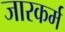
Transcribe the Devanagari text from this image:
जारकर्म